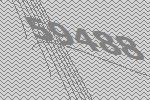
59488